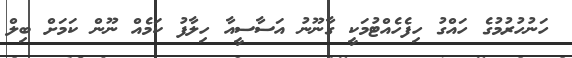
ހަނުހުރުމުގެ ހައްގު ހިފެހެއްޓުމަކީ ގާނޫނު އަސާސީއާ ހިލާފު ކަމެއް ނޫން ކަމަށް ބިލް